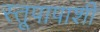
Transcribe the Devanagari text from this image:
स्तूपापाशी